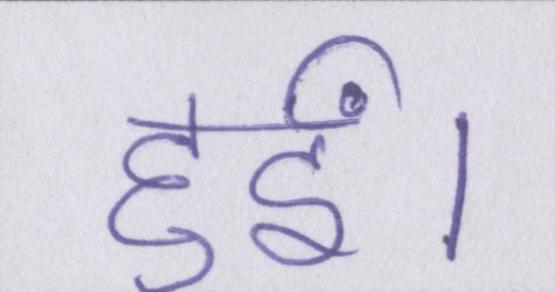
हुईं।